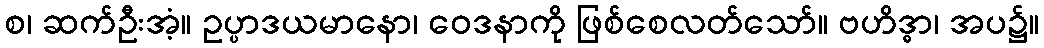
စ၊ ဆက်ဦးအံ့။ ဥပ္ပာဒယမာနော၊ ဝေဒနာကို ဖြစ်စေလတ်သော်။ ဗဟိဒ္ဓာ၊ အပ၌။